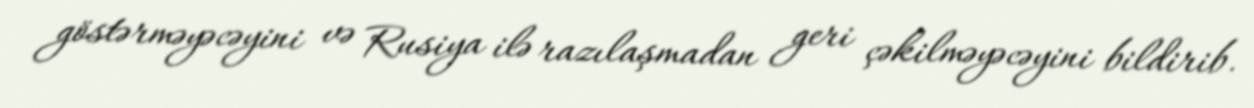
göstərməyəcəyini və Rusiya ilə razılaşmadan geri çəkilməyəcəyini bildirib.